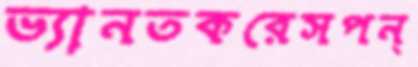
ভ্যানতকরেসপন্